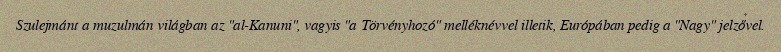
Szulejmánt a muzulmán világban az "al-Kanuni", vagyis "a Törvényhozó" melléknévvel illetik, Európában pedig a "Nagy" jelzővel.